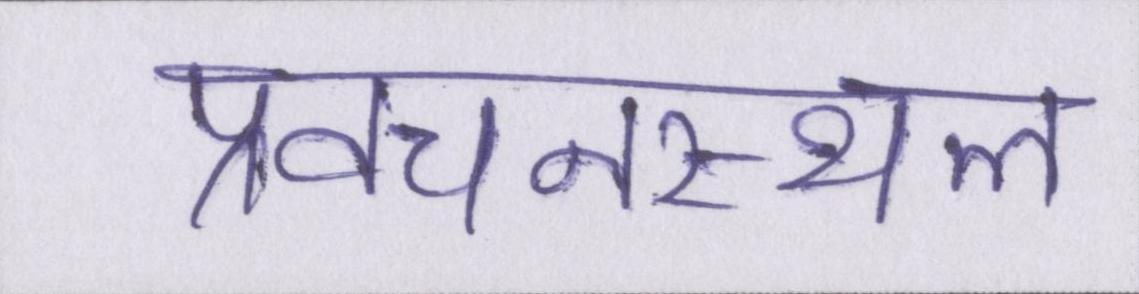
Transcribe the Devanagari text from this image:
प्रवचनस्थल